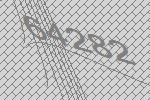
64282